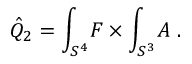
\hat { Q } _ { 2 } = \int _ { S ^ { 4 } } \! F \times \int _ { S ^ { 3 } } \! A \ .